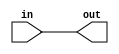
module soft (in, out);
    input in;
    output out;
    assign out = in;
endmodule